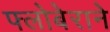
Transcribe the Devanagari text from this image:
फ्लोबेराने